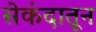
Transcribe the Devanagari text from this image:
सेकंदातून